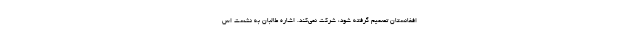
افغانستان تصمیم گرفته شود، شرکت نمی‌کند. اشاره‌ طالبان به نشست اس